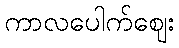
ကာလပေါက်ဈေး